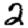
Digit: 2